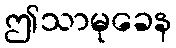
ဤသာမုခေန